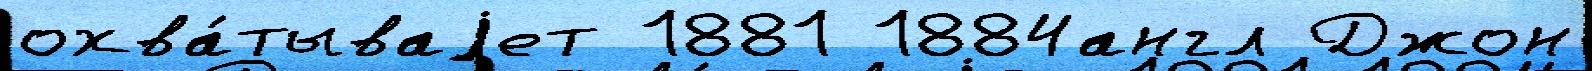
охва́тываjет 1881 1884англ Джон